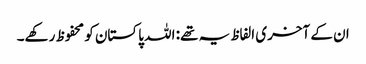
ان کے آخری الفاظ یہ تھے: اللہ پاکستان کو محفوظ رکھے۔